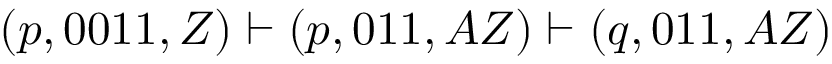
( p , 0 0 1 1 , Z ) \vdash ( p , 0 1 1 , A Z ) \vdash ( q , 0 1 1 , A Z )